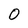
Character: 0